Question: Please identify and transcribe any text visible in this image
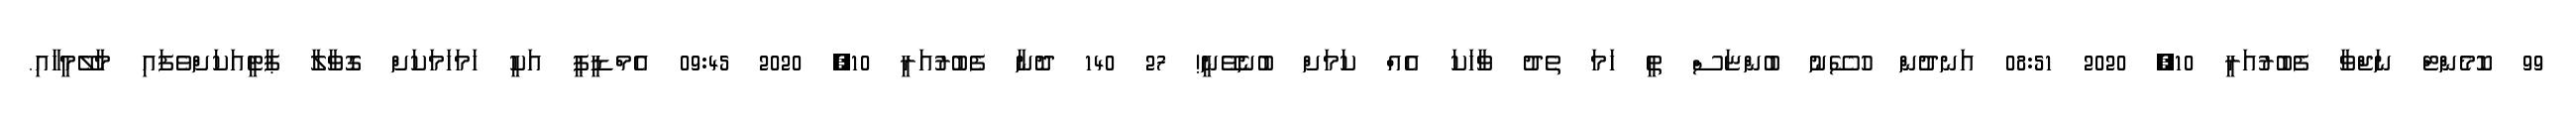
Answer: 99 ކޮމެންޓް ނަޖްވާ ފެބުރުއަރީ 10, 2020 08:51 އަނދުން ހުސޭނު ބުންޏަސް ތީ ހަމަ ތެދު ވާހަކަ އެއް ކަމަށް ބުނެވޭނީ! 27 140 ދޮނާ ފެބުރުއަރީ 10, 2020 09:45 އެމްޑީޕީ އަކީ ހަމަހަމަކަށް ގޮވާލާ ޕާޓީއަކަށްވެފައި މާލޭމީހާއި.